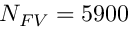
{ N _ { F V } = 5 9 0 0 }